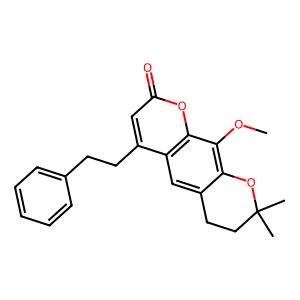
SMILES: COc1c2c(cc3c(CCc4ccccc4)cc(=O)oc13)CCC(C)(C)O2
Inhibits HIV replication: No